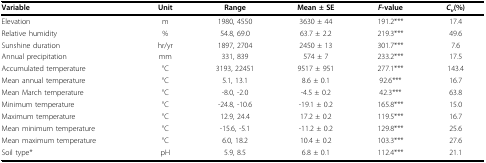
<table><thead><tr><td><b>Variable</b></td><td><b>Unit</b></td><td><b>Range</b></td><td><b>Mean ± SE</b></td><td><b><i>F</i>-value</b></td><td><b><i>C</i><sub><i>v</i></sub>(%)</b></td></tr></thead><tbody><tr><td>Elevation</td><td>m</td><td>1980, 4550</td><td>3630 ± 44</td><td>191.2***</td><td>17.4</td></tr><tr><td>Relative humidity</td><td>%</td><td>54.8, 69.0</td><td>63.7 ± 2.2</td><td>219.3***</td><td>49.6</td></tr><tr><td>Sunshine duration</td><td>hr/yr</td><td>1897, 2704</td><td>2450 ± 13</td><td>301.7***</td><td>7.6</td></tr><tr><td>Annual precipitation</td><td>mm</td><td>331, 839</td><td>574 ± 7</td><td>233.2***</td><td>17.5</td></tr><tr><td>Accumulated temperature</td><td>°C</td><td>3193, 22451</td><td>9517 ± 951</td><td>277.1***</td><td>143.4</td></tr><tr><td>Mean annual temperature</td><td>°C</td><td>5.1, 13.1</td><td>8.6 ± 0.1</td><td>92.6***</td><td>16.7</td></tr><tr><td>Mean March temperature</td><td>°C</td><td>-8.0, -2.0</td><td>-4.5 ± 0.2</td><td>42.3***</td><td>63.8</td></tr><tr><td>Minimum temperature</td><td>°C</td><td>-24.8, -10.6</td><td>-19.1 ± 0.2</td><td>165.8***</td><td>15.0</td></tr><tr><td>Maximum temperature</td><td>°C</td><td>12.9, 24.4</td><td>17.2 ± 0.2</td><td>119.5***</td><td>16.7</td></tr><tr><td>Mean minimum temperature</td><td>°C</td><td>-15.6, -5.1</td><td>-11.2 ± 0.2</td><td>129.8***</td><td>25.6</td></tr><tr><td>Mean maximum temperature</td><td>°C</td><td>6.0, 18.2</td><td>10.4 ± 0.2</td><td>103.3***</td><td>27.6</td></tr><tr><td>Soil type*</td><td>pH</td><td>5.9, 8.5</td><td>6.8 ± 0.1</td><td>112.4***</td><td>21.1</td></tr></tbody></table>